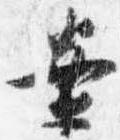
案